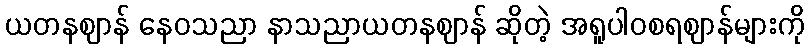
ယတနဈာန် နေဝသညာ နာသညာယတနဈာန် ဆိုတဲ့ အရူပါဝစရဈာန်များကို